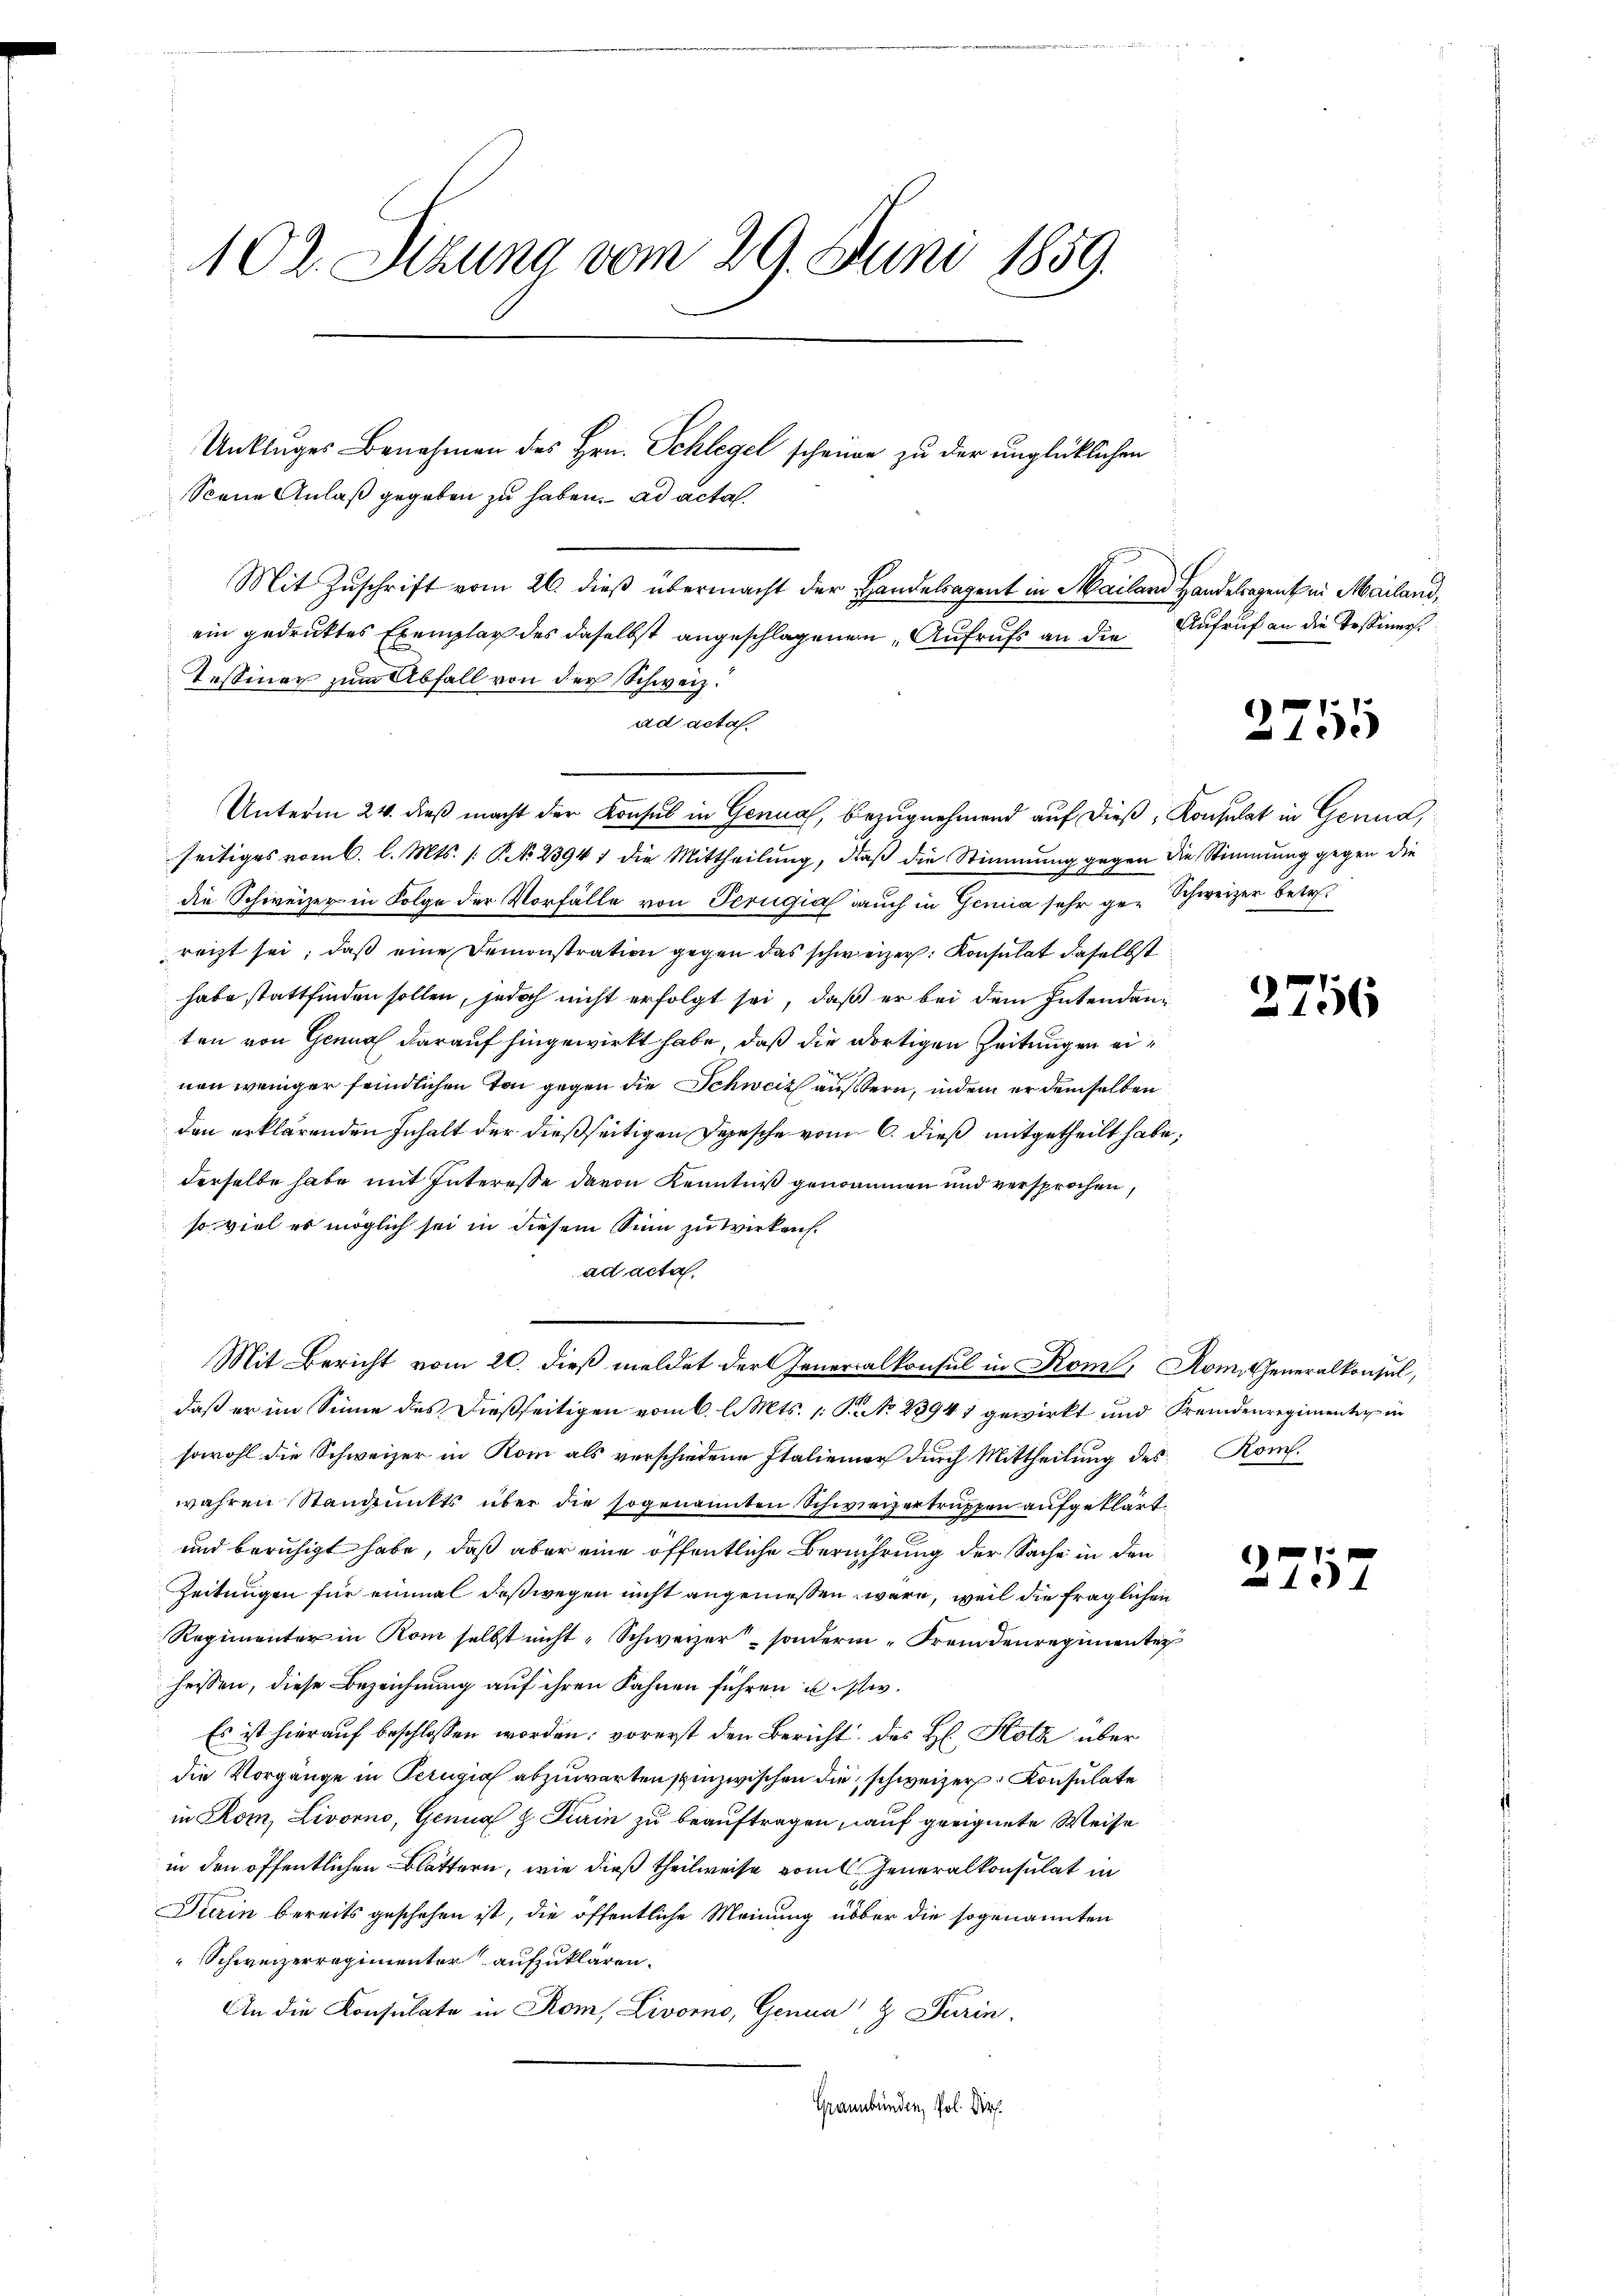
102. Sizung vom 29. Juni 1859.

Scene Anlaß gegeben zu haben. ad acta.
Mit Zuschrift vom 26. dieß übermacht der Handelsagent in Mailand Handelagenke. Mailand,
ein gedruktes Exemplar des daselbst angeschlagenen Aufrufs an die
Tessiner zum Abfall von der Schweiz.
ad acta.
Unterm 24. dieß macht der Konsul in Genua, Bezugnehmend auf dieß, Konsulat in Genua,
seitiges vom 6. l. Mts. /: P. 23947 die Mittheilŭng, daβ die Stimmung
die Schweizer in Folge der Vorfälle von Perugia auch in Gemia sehr ge-Schweizer betret
reizt sei; daß eine Demonstration gegen das schweizer. Konsulat daselbst
habe stattfinden sollen, jedoch nicht erfolgt sei, daß er bei dem Intendanten von Genual darauf hingewirkt habe, daß die dortigen Zeitungen einen weniger feindlichen Ton gegen die Schweiz äussern, indem er demselben
den erklärenden Inhalt der dießseitigen Depesche vom 6. dieß mitgetheilt habe;
derselbe habe mit Interesse davon Kenntniß genommen und versprochen,
so viel es möglich sei in diesem Sinn zu Wirken.
ad acta
Mit Bericht vom 20. dieß meldet der Generalkonsul in Kom, Rom. Generalkonsul,
daß er im Sinne des dießseitigen vom 6. l. Mts. 1 P. No 23941 gewirkt und Fremdenregimenten in
sowohl die Schweizer in Rom als verschiedene Italiener durch Mittheilung des Rom.
wahren Standpunkts über die sogenannten Schweizertruppen aufgeklärt.
und beruhigt habe, daß aber eine öffentliche Berührung der Sache in den
Zeitungen für einmal deßwegen nicht angeniessen wäre, weil die fraglichen
Regimenter in Rom selbst nicht Schweizer- sondern Fremdenregimenten
heissen, diese Bezeichnung auf ihren Fahnen führen u ist w
Es ist hierauf beschlossen worden; vorerst den Bericht des H. Holz über
die Vorgänge in Perugia abzuwarten spinzwischen die schweizer Konsulate
in Rom, Livorno, Genua & Turin zu beauftragen, auf geeignete Weise
in den öffentlichen Blättern, wie dieß theilweise vom Generalkonsulat in
Turin bereits geschehen ist, die öffentliche Meinung über die sogenannten
Schweizerregimenter aufzuklären.
An die Konsulate in Rom, Livorno, Genua & Turin.
Graubünden, Pol. Dir

Unkluges Benehmen des Hrn. Schlegel scheine zu der unglücklichen

Aufruf an die Testiners

2751

gegen die Stimmung gegen die

2756

E
e

25